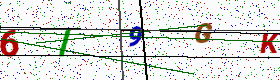
Text: 6I9GK